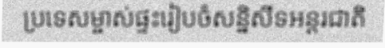
ប្រទេសម្ចាស់ផ្ទះរៀបចំសន្និសីទអន្តរជាតិ